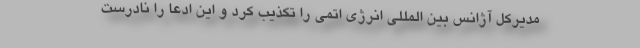
مدیرکل آژانس بین المللی انرژی اتمی را تکذیب کرد و این ادعا را نادرست